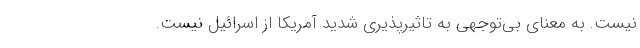
نیست. به معنای بی‌توجهی به تاثیرپذیری شدید آمریکا از اسرائیل نیست.